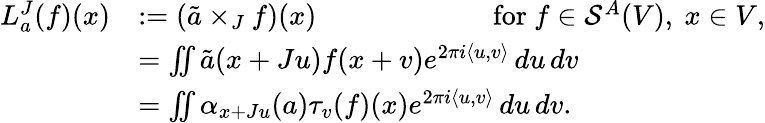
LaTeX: \begin{array}{rl}{L_{a}^{J}(f)(x)}&{:=(\tilde{a}\times_{J}f)(x)\qquad\qquad\qquad\mathrm{~for~}f\in\mathcal{S}^{A}(V),\ x\in V,}\\ &{=\iint\tilde{a}(x+Ju)f(x+v)e^{2\pi i\langle u,v\rangle}\, du\, dv}\\ &{=\iint\alpha_{x+Ju}(a)\tau_{v}(f)(x)e^{2\pi i\langle u,v\rangle}\, du\, dv.}\end{array}